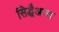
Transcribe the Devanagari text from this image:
सिद्धैअन्त